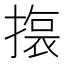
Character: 𭢆